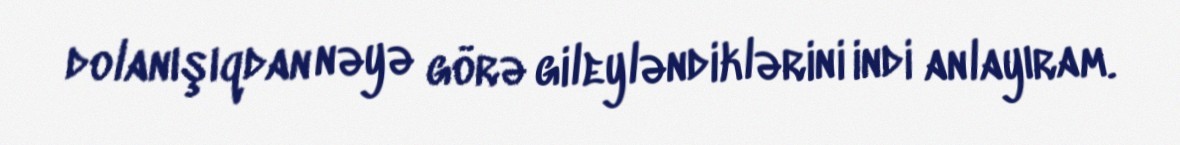
dolanışıqdan nəyə görə gileyləndiklərini indi anlayıram.